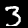
Label: 3